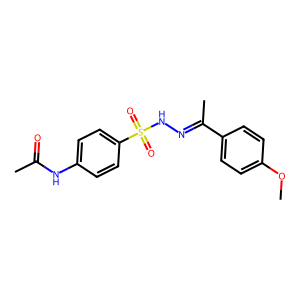
SMILES: COc1ccc(C(C)=NNS(=O)(=O)c2ccc(NC(C)=O)cc2)cc1
Inhibits HIV replication: No